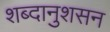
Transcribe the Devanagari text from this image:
शब्दानुशसन